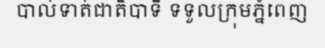
បាល់ទាត់ជាតិបាទី ទទួលក្រុមភ្នំពេញ